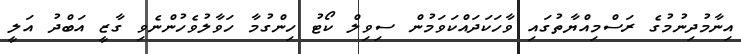
އިނާމުދިނުމުގެ ރަސްމިއްޔާތުގައި ވާހަކަދައްކަވަމުން ސިވިލް ކޯޓު ހިންގުމާ ހަވާލުވެހުންނެވި ގާޒީ އަބްދު އަލީ